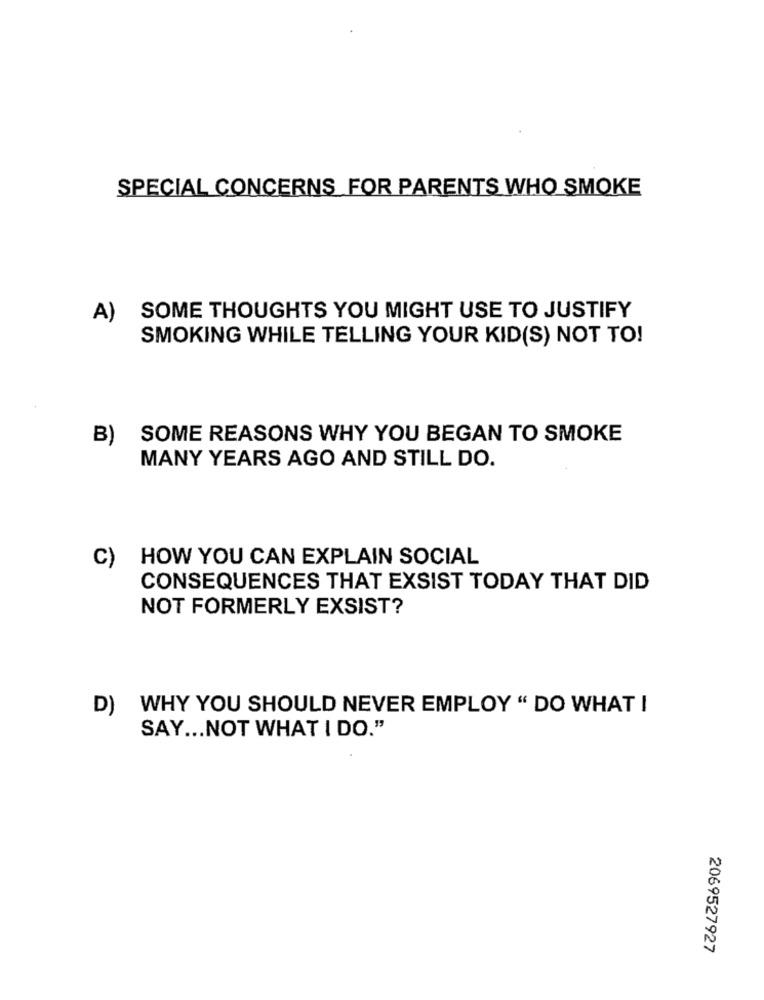
SPECIAL CONCERNS FOR PARENTS WHO SMOKE
A)
SOME THOUGHTS YOU MIGHT USE TO JUSTIFY
SMOKING WHILE TELLING YOUR KID(S) NOT TO!
B) SOME REASONS WHY YOU BEGAN TO SMOKE
MANY YEARS AGO AND STILL DO.
C)
HOW YOU CAN EXPLAIN SOCIAL
CONSEQUENCES THAT EXSIST TODAY THAT DID
NOT FORMERLY EXSIST?
D) WHY YOU SHOULD NEVER EMPLOY " DO WHAT I
SAY ... NOT WHAT I DO."
2069527927